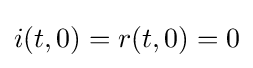
i(t,0)=r(t,0)=0